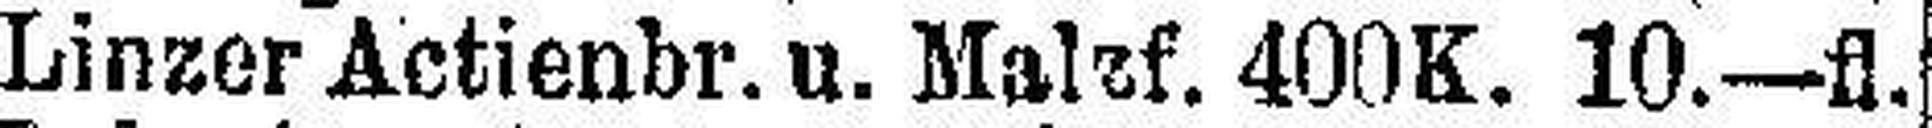
Linzer Actienbr. u. Malzf. 400K. 10—fl.